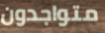
متواجدون